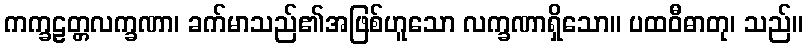
ကက္ခဠတ္တလက္ခဏာ၊ ခက်မာသည်၏အဖြစ်ဟူသော လက္ခဏာရှိသော။ ပထဝီဓာတု၊ သည်။